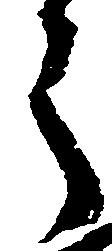
う